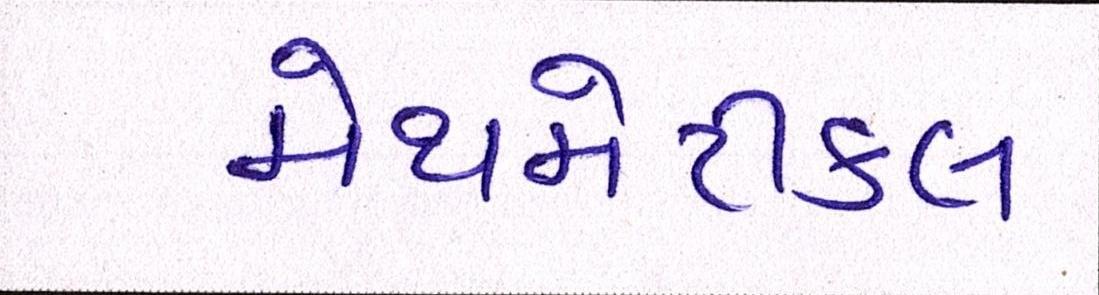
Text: મેથમેટીકલ